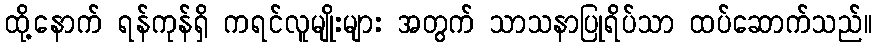
ထို့နောက် ရန်ကုန်ရှိ ကရင်လူမျိုးများ အတွက် သာသနာပြုရိပ်သာ ထပ်ဆောက်သည်။